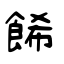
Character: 餙